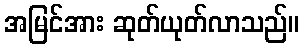
အမြင်အား ဆုတ်ယုတ်လာသည်။